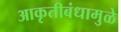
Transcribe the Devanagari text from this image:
आकृतीबंधामुळे